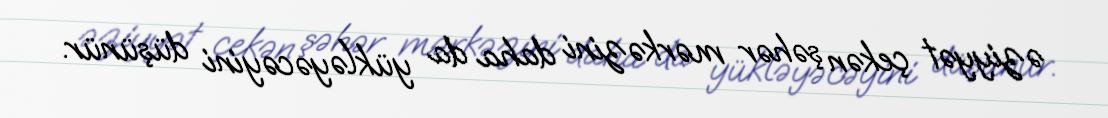
əziyyət çekən şəhər mərkəzini daha da yükləyəcəyini düşünür.